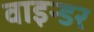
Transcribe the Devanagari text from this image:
वाइन्डर